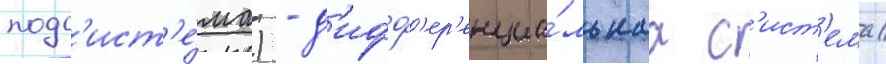
подс'ист'е́ма) - д'ифф'ер'енциа́льнаа с'ист'ема/